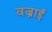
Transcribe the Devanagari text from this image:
वज्राई